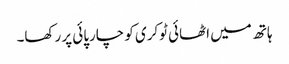
ہاتھ میں اٹھائی ٹوکری کو چارپائی پر رکھا۔